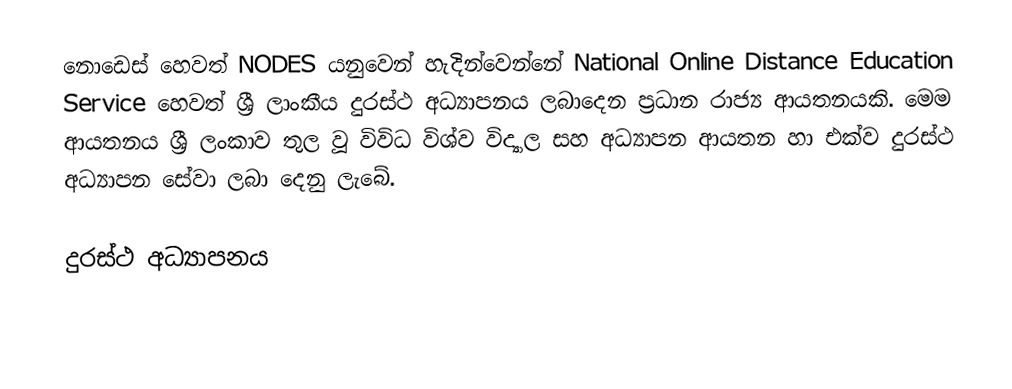
නොඩෙස් හෙවත් NODES යනුවෙන් හැදින්වෙන්නේ National Online Distance Education Service හෙවත් ශ්‍රී ලාංකීය දුරස්ථ අධ්‍යාපනය ලබාදෙන ප්‍රධාන රාජ්‍ය ආයතනයකි. මෙම ආයතනය ශ්‍රී ලංකාව තුල වූ විවිධ විශ්ව විද්‍යාල සහ අධ්‍යාපන ආයතන හා එක්ව දුරස්ථ අධ්‍යාපන සේවා ලබා දෙනු ලැබේ.

දුරස්ථ අධ්‍යාපනය